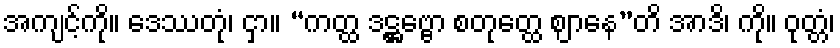
အကျင့်ကို။ ဒေဿတုံ၊ ငှာ။ “ကတ္ထ ဒဋ္ဌဗ္ဗော စတုတ္ထေ ဈာနေ”တိ အာဒိ၊ ကို။ ဝုတ္တံ၊